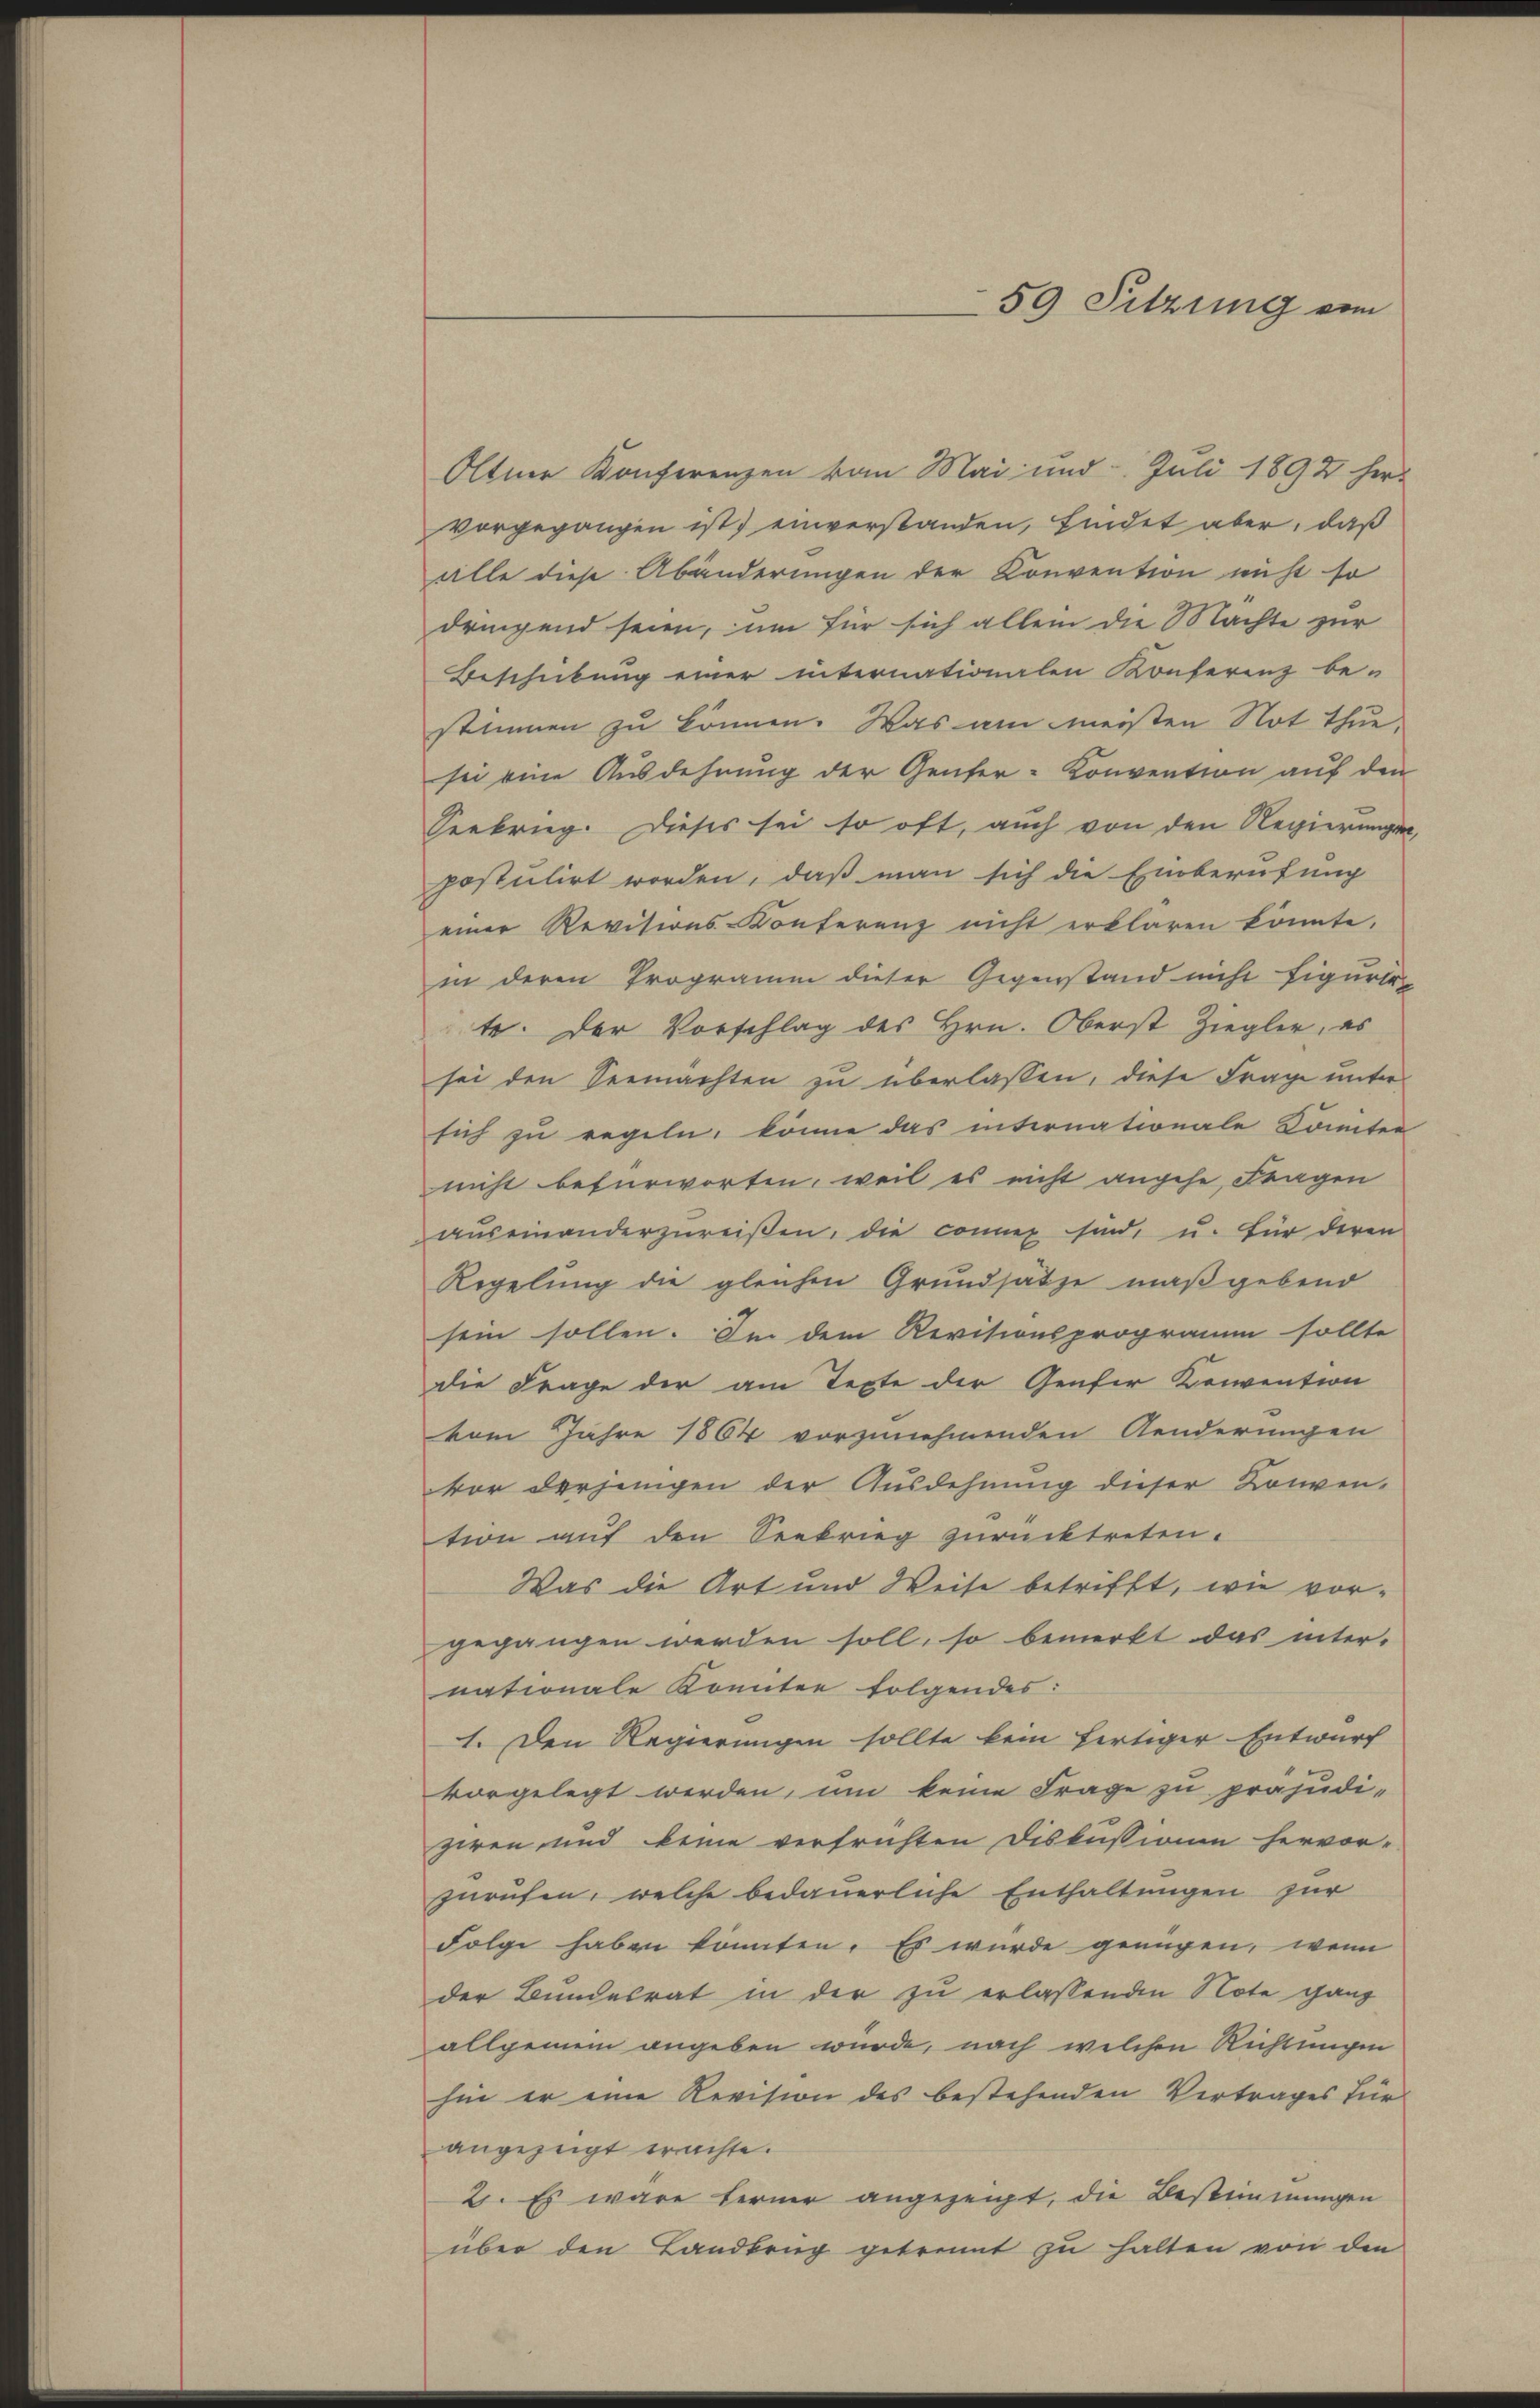
Oltner Konferenzen vom Mai und Juli 1892 her
vorgegangen ist) einverstanden, findet aber, daß
alle diese Abänderungen der Convention nicht so
dringend seien, um für sich allein die Mächte zur
Beschickung einer internationalen Konferenz be-
stimmen zu können. Was am meisten Not thue
sei eine Ausdehnung der Genfer-Konvention auf den
Seekrieg. Dieses sei so oft, auch von den Regierungen,
postulirt worden, daß man sich die Einberufung
einer Revisions-Konferenz nicht erklären könnte,
in deren Programm dieser Gegenstand nicht Eigurir
te. Der Vorschlag des Hrn. Oberst Ziegler, es
sei den Seemachten zu überlassen, diese Frage unter
sich zu regeln, könne das internationale Comitee
nicht befürworten, weil es nicht angehe, Fragen
auseinanderzureißen, die conner sind, u. für deren
Regelung die gleichen Grundsätze maßgebend
sein sollen. In dem Revisionsprogramm sollte
die Frage der am Texte der Genfer Konvention
vom Jahre 1864 vorzunehmenden Aenderungen
vor derjungen der Ausdehnung dieser Konven-
tion auf den Seekrieg zurücktreten.
Was die Art und Weise betrifft, wie vorgegangen werden soll, so bemerkt das inter-
nationale Komitee folgendes:
1. Den Regierungen sollte kein fertiger Entwurf
vorgelegt werden, um keine Frage zu präjudi-
ziren und keine verfrüchten Diskussionen hervor-
zurufen, welche bedauerliche Enthaltungen zur
Folge haben könnten. Es wurde genügen, wenn
der Bundesrat in der zu erlassenden Note ganz
allgemein angeben wurde, nach welchen Richtungen
hin er eine Revision des bestehenden Vertrages für
angezeigt erachte.
2. Es wäre ferner angezeigt, die Bestimmungen
über den Landbrug getrennt zu halten von den

59 Sitzung vom